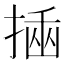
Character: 𢰔